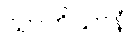
သာကိယာနံ